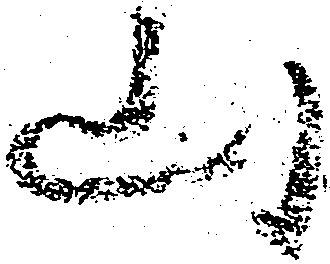
山